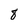
Character: 8